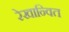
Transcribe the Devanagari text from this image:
रेखान्वित